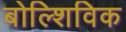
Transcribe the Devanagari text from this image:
बोल्शिविक